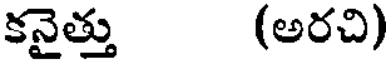
కనైత్తు (అరచి)